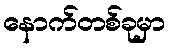
နောက်တစ်ခုမှာ